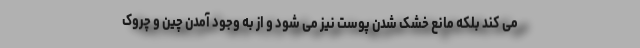
می کند بلکه مانع خشک شدن پوست نیز می شود و از به وجود آمدن چین و چروک